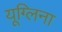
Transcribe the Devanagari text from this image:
यूग्लिना